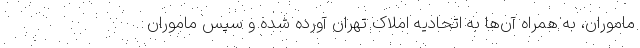
ماموران، به همراه آن‌ها به اتحادیه املاک تهران آورده شده و سپس ماموران